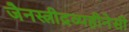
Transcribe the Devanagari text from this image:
जैनस्त्रीद्रव्यहीनेसी